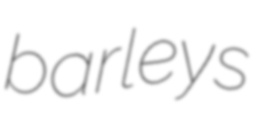
barleys